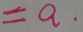
= a .